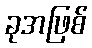
ခုအဖြစ်